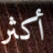
أكثر